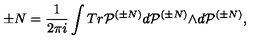
\pm N = \frac { 1 } { 2 { \pi } i } \int T r { \cal P } ^ { ( { \pm } N ) } d { \cal P } ^ { ( { \pm } N ) } { \wedge } d { \cal P } ^ { ( { \pm } N ) } ,